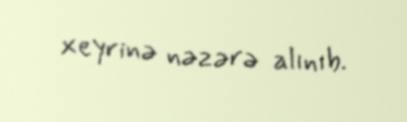
xeyrinə nəzərə alınıb.